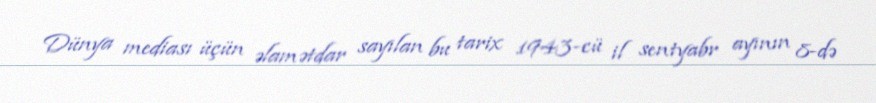
Dünya mediası üçün əlamətdar sayılan bu tarix 1943-cü il sentyabr ayının 8-də